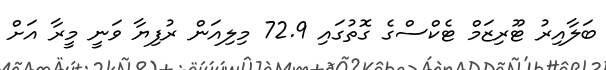
ބަލާއިރު ޓޫރިޒަމް ޓެކްސްގެ ގޮތުގައި 72.9 މިލިއަން ރުފިޔާ ވަނީ މީރާ އަށް